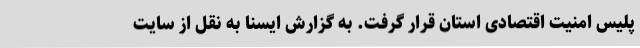
پلیس امنیت اقتصادی استان قرار گرفت. به گزارش ایسنا به نقل از سایت